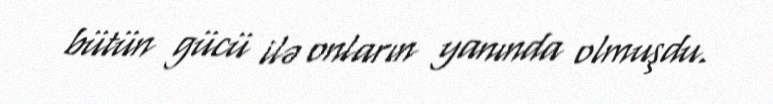
bütün gücü ilə onların yanında olmuşdu.